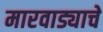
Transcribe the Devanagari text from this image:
मारवाड्याचे